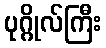
ပုဂ္ဂိုလ်ကြီး